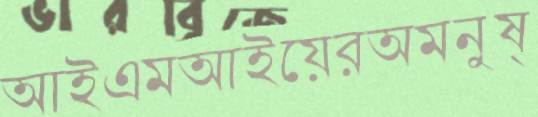
আইএমআইয়েরঅমনুষ্